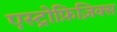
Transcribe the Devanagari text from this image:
एस्ट्रोफ़िज़िक्स